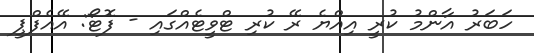
ހަބަރު އާންމު ކުރީ އިއްޔެ ރޭ ކުރި ޓްވީޓެއްގައި - ފޮޓޯ: އޭއެފްޕީ